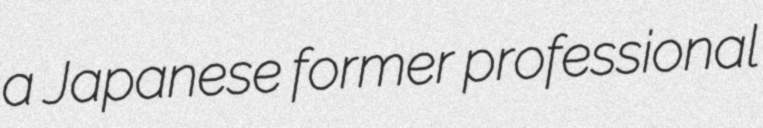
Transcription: a Japanese former professional